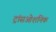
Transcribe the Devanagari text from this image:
ट्रांसओशनिक